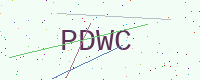
Text: PDWC